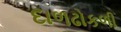
દાળઢોકળી